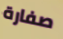
صفارة